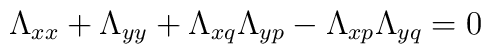
\Lambda_{xx} + \Lambda_{yy} + \Lambda_{xq} \Lambda_{yp} - \Lambda_{xp} \Lambda_{yq} = 0